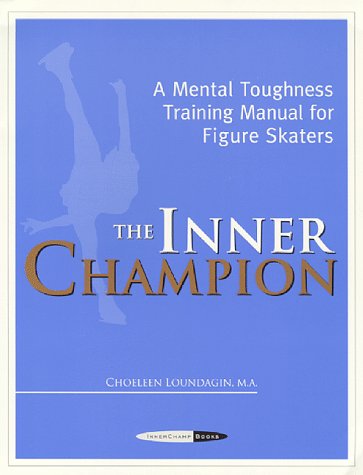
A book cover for The Inner Champion : A Mental Toughness Training Manual for Figure Skaters; Choeleen N. Loundagin; Sports & Outdoors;